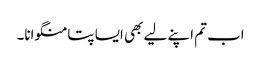
اب تم اپنے لیے بھی ایسا پتا منگوانا۔